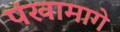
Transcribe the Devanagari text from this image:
पंखामागे